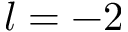
l = - 2